system: You are a helpful assistant.
user:
Analyze the provided spectrum to determine if it is a **Carbon Star (C-type)**.

- **Key Visual Indicators of Carbon Star:**
    - **(Primary):** Strong molecular absorption from **C₂ (diatomic carbon) "Swan Bands."** This is the **defining feature** of a carbon star.
        - **(Key Bandheads):** Sharp absorption edges are visible at approximately $5635$ Å, $5165$ Å (the strongest band), and $4737$ Å.
        - **(Line Profile):** Creates a distinct **"saw-tooth"** pattern. The key morphology is a sharp, steep bandhead on the **red (long-wavelength) side**, which then gradually tapers off (i.e., flux recovers) towards the **blue (short-wavelength) side**. *(This is the direct opposite of the TiO bands seen in M-type stars)*.

    - **(Secondary):** Intense **CN (cyanogen)** molecular absorption bands.
        - **(Key Bandheads):** Located in the blue and violet regions of the spectrum (e.g., near $4215$ Å and $3883$ Å).
        - **(Morphology):** These bands are extremely broad and act as a "blanket," absorbing the vast majority of blue and violet light. This creates a characteristic **"cliff"** or **"steep drop-off"** in the spectrum's flux at short wavelengths.

    - **(Key Confirmation):** Strong **CH absorption band (G-band)**.
        - **(Key Bandhead):** Located around $4300$ Å. The contribution from CH molecules to this band is exceptionally strong.

    - **(Overall Spectrum):**
        - The continuum is severely "chopped up" by these deep molecular bands, especially C₂, rather than appearing as a smooth curve.
        - Due to the heavy CN and C₂ absorption in the blue-green, the vast majority of the star's flux is concentrated in the red part of the spectrum, giving the star its characteristic deep red color.

Think first, call **spectral_visualization_tool** if needed to examine features in detail, then provide your final answer. Your response must adhere to the following strict rules:
1.  **Overall Structure:** Your response must follow the format `<think>...</think> <tool_call>...</tool_call> (if a tool is used) <answer>...</answer>`.
2.  **Tool Usage Constraint:** You may only make **one** tool call per turn.
3.  **Final Answer Format:** In the `<answer>` tag, your conclusion must be inside a `\boxed{}` command (e.g., `\boxed{YES}`), followed by your justification.

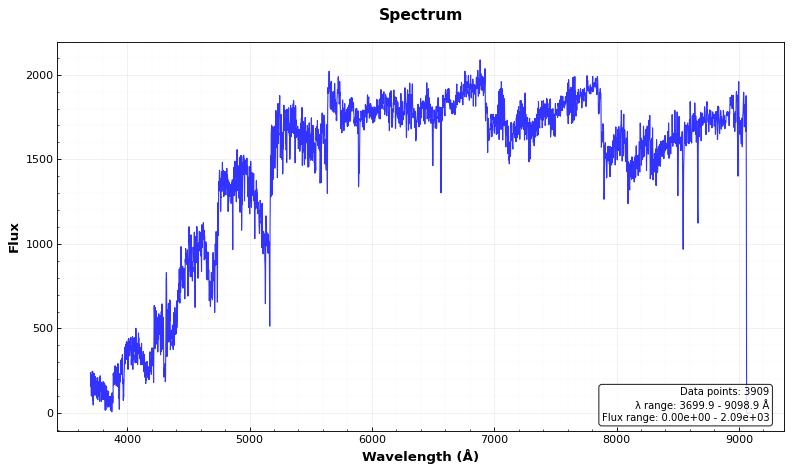
Answer: YES